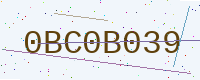
Text: 0BC0B039